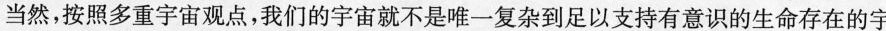
当然，按照多重宇宙观点，我们的宇宙就不是唯一复杂到足以支持有意识的生命存在的字